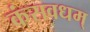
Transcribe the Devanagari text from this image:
कंसवधम्